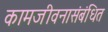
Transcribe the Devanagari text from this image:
कामजीवनासंबंधित